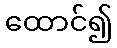
ထောင်၍